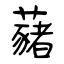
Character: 藸